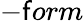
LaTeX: -\mathsf{f}orm